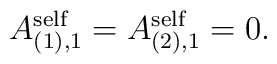
A_{(1),1}^{\rm self} = A_{(2),1}^{\rm self}=0.